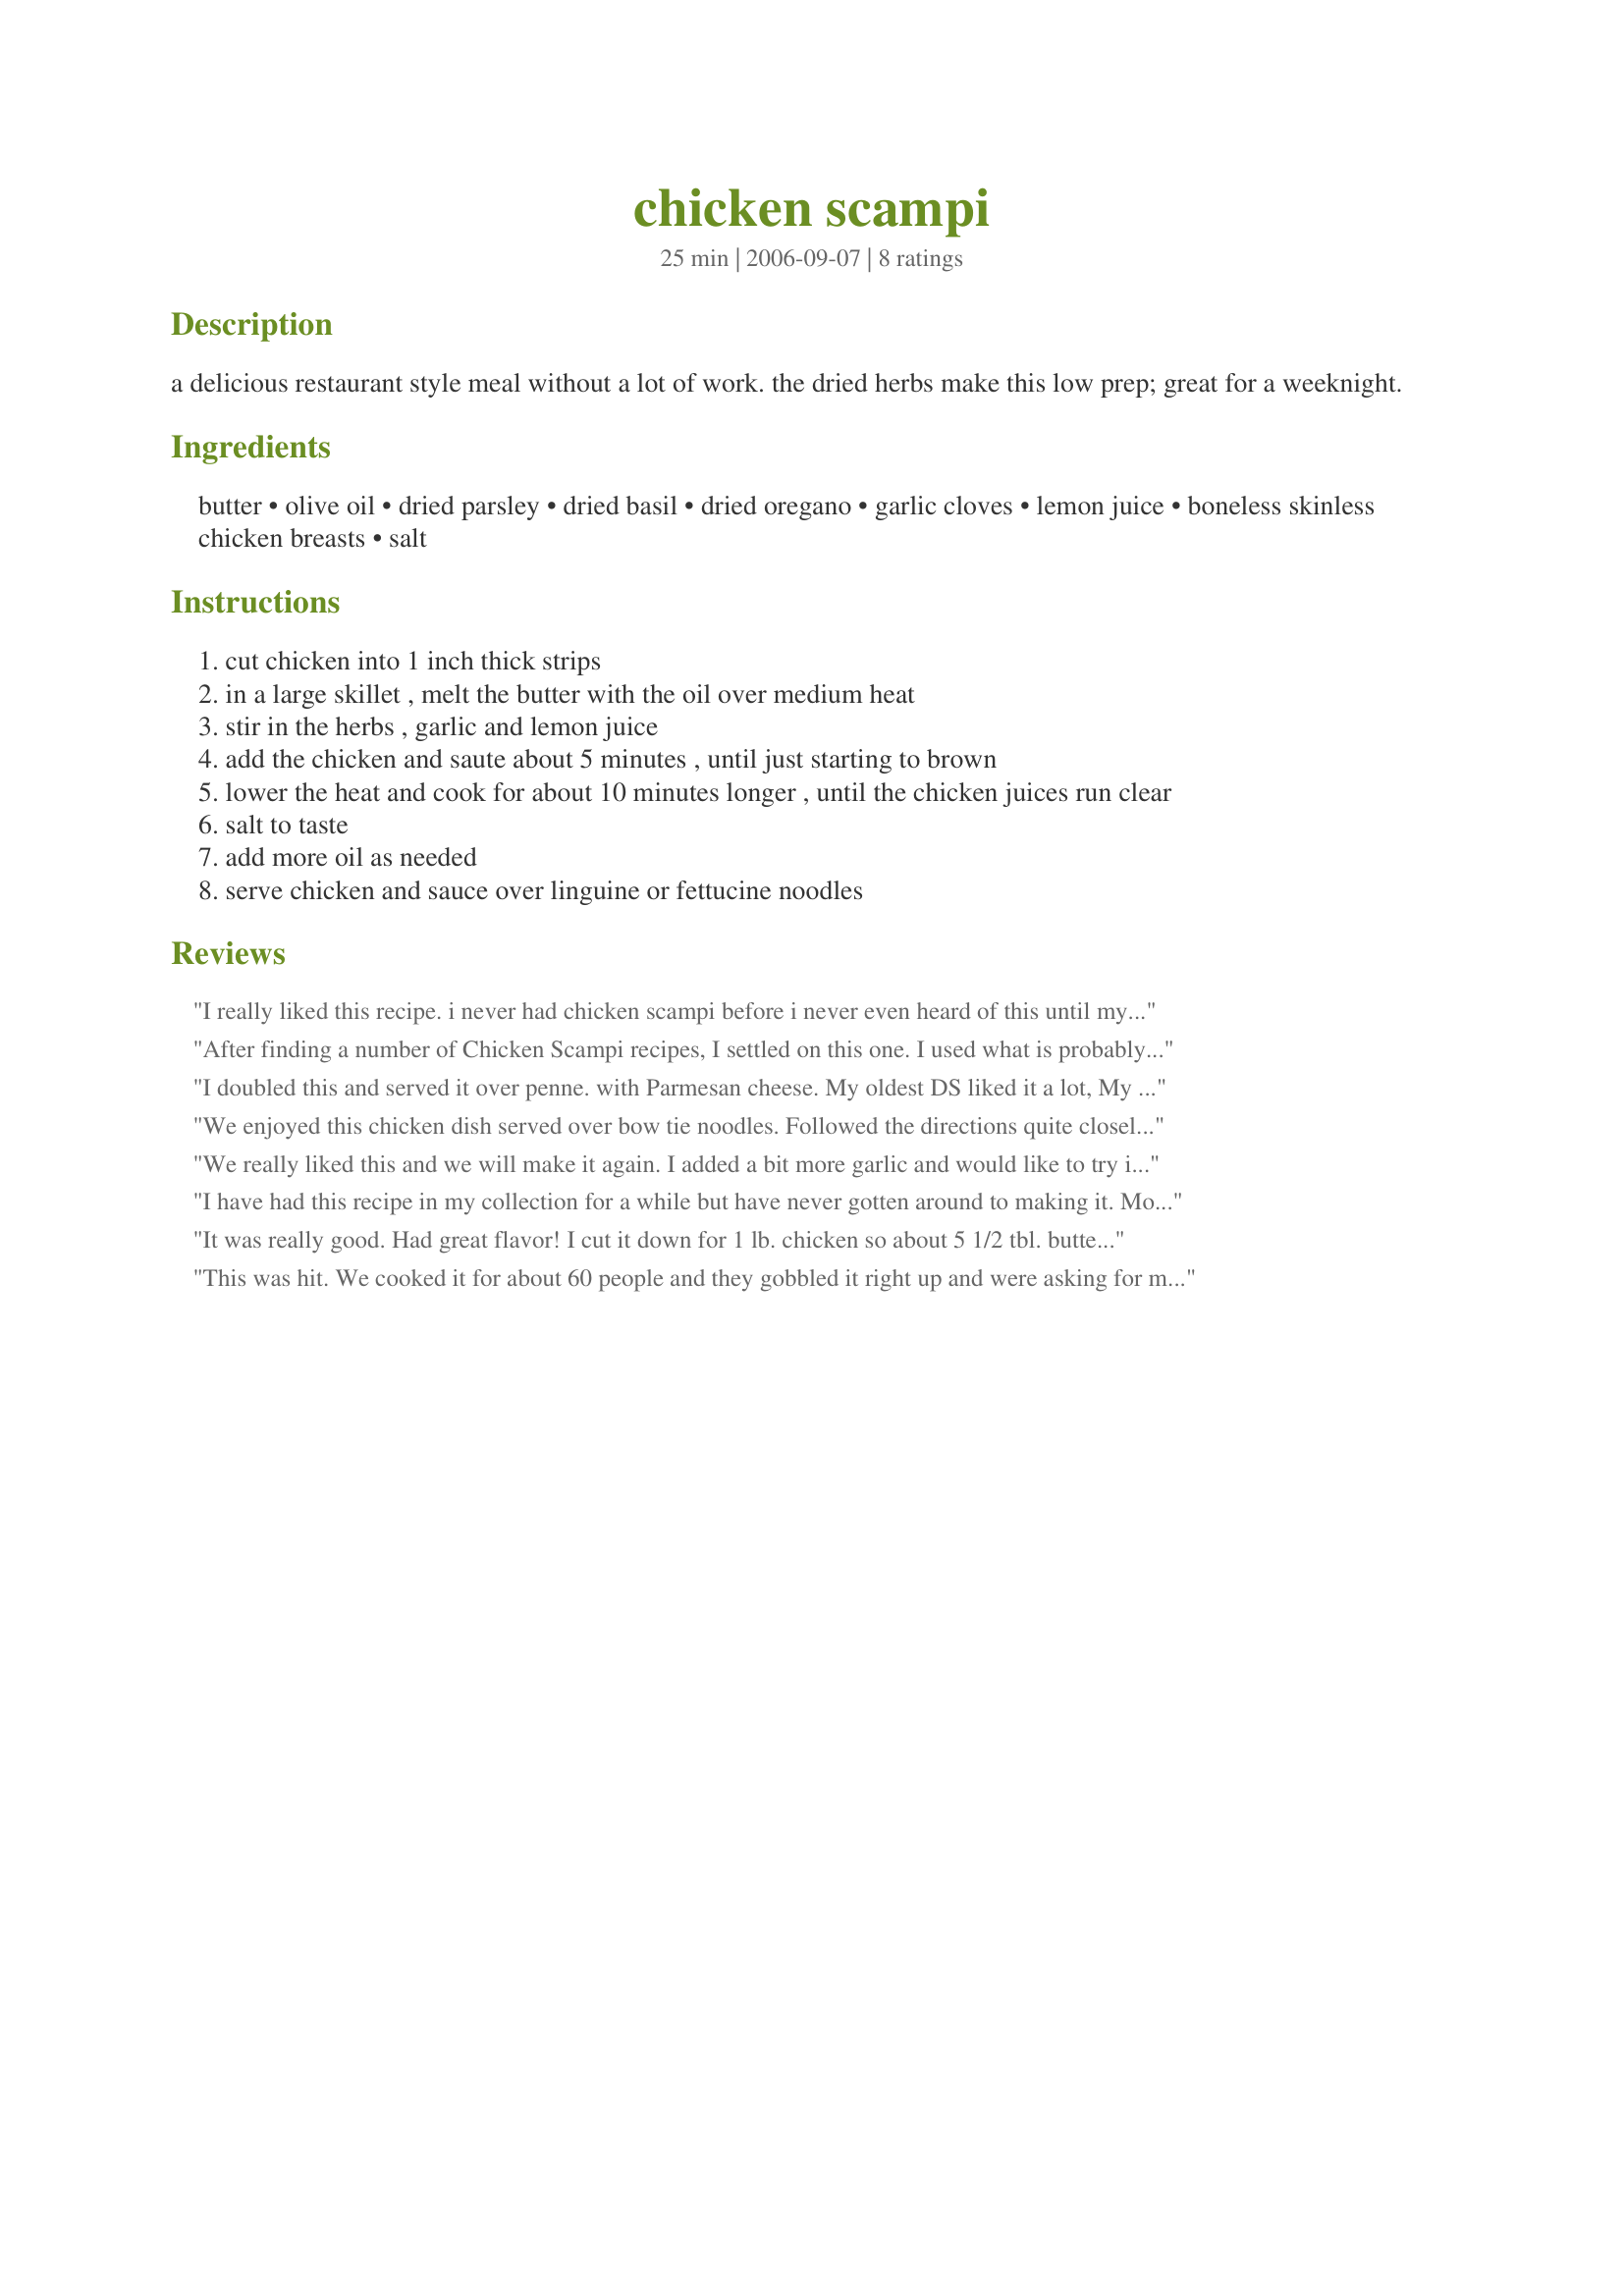
chicken scampi
Preparation time: 25 minutes

a delicious restaurant style meal without a lot of work. the dried herbs make this low prep; great for a weeknight.

Ingredients:
butter, olive oil, dried parsley, dried basil, dried oregano, garlic cloves, lemon juice, boneless skinless chicken breasts, salt

Steps:
cut chicken into 1 inch thick strips
in a large skillet , melt the butter with the oil over medium heat
stir in the herbs , garlic and lemon juice
add the chicken and saute about 5 minutes , until just starting to brown
lower the heat and cook for about 10 minutes longer , until the chicken juices run clear
salt to taste
add more oil as needed
serve chicken and sauce over linguine or fettucine noodles

Reviews:
I really liked this recipe. i never had chicken scampi before i never even heard of this until my cousin had wanted me to make some for her because she doesnt eat seafood and she always wants me to cook for her. But this was so good, the chicken had alot of flavor to it. imma try this again but i will try it with shrimp.
After finding a number of Chicken Scampi recipes, I settled on this one. I used what is probably the equivalent to one and a half frozen chicken breasts (Both were rather small, as it was a meal for two with small stomachs.) I was out of olive oil, but vegetable oil seemed to do okay. Reading other reviews of the same recipe with near-identical ingredients, I decided a flavor-junkie such as myself would benefit from a dash of white wine and some red pepper flakes: I didn't feel the red pepper made any difference. Tasting the sauce, I found it great but missing something that would have made me love it. I used more garlic, and chicken bullion for salt--I also didn't realize this dish is not expected to make much sauce, so I'd added in some water, which didn't hurt. My fiancÃ©e liked this dish a lot, though he thought it was too oily and cracked "This won't stop my heart, will it?", so sticking with butter next time. I liked this dish, so I'm giving it four stars--my fiancÃ©e gave it three and a half. I will continue to cook this, though I will be toying with finding that missing something.
I doubled this and served it over penne. with Parmesan cheese. My oldest DS liked it a lot, My chicken was a bit tough. I may have sauted it for too long since I needed to make 2 batches. I had a lot of defrosted chicken. Thanks for posting this easy recipe.
We enjoyed this chicken dish served over bow tie noodles. Followed the directions quite closely except that I added a bit of extra garlic and a bit of extra lemon juice. It was great for a quick weeknight meal. I would like to try it w/ fresh herbs instead of dried.
We really liked this and we will make it again. I added a bit more garlic and would like to try it with fresh ingredients.
I have had this recipe in my collection for a while but have never gotten around to making it. Mostly because I have picky children and a DH who has told me he does not like shrimp scampi. Tonight I was in the mood for this dish and made it against everyones groans and complaints. Funny thing was that while everyone was slurping up the noodles and mouths full of chicken I got "this is good"," what is this called again" and my DH saying that I need to make this again. I just smiled and said sure as I walked into the kitchen. 
I followed the recipe as written, I just doubled this for my crew and for lunch tomorrow.
Thank you Kaarin for an easy dish that everyone liked, and we all know those are hard to find!
It was really good. Had great flavor! I cut it down for 1 lb. chicken so about 5 1/2 tbl. butter, 2 tbl. oil, just kind of guessed on the spices. And I put it on mini penne pasta- it's easier for kids to eat!
 This was hit. We cooked it for about 60 people and they gobbled it right up and were asking for more. Great recipe. Thanks for posting it.
